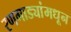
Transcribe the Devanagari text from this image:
रणगाड्यांमधून